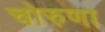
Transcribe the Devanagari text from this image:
चोरुणा